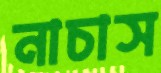
নাচাস